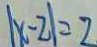
\vert x - 2 \vert = 2